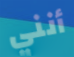
أنني